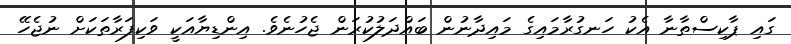
ގައި ޕާކިސްތާނާ އެކު ހަނގުރާމައިގެ މައިދާނުން ބައްދަލުކުރަން ޖެހުނެވެ. އިންޑިޔާއަކީ ވަކިފަރާތަކަށް ނުޖެހޭ